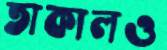
তাকালও